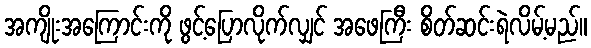
အကျိုးအကြောင်းကို ဖွင့်ပြောလိုက်လျှင် အဖေကြီး စိတ်ဆင်းရဲလိမ့်မည်။